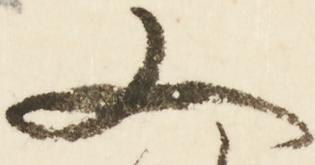
又